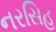
નરસિહ